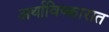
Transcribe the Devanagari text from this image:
अर्थाविष्कारात